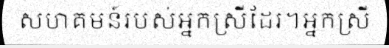
សហគមន៍របស់អ្នកស្រីដែរ។អ្នកស្រី